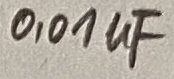
Text: 0,01µF